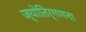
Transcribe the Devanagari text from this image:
ज्योतिर्गणना